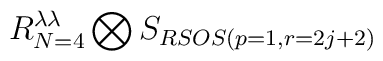
R^{\lambda\lambda}_{N=4}\bigotimes S_{RSOS(p=1,r=2j+2)}